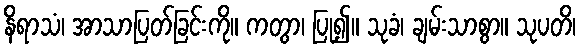
နိရာသံ၊ အာသာပြတ်ခြင်းကို။ ကတွာ၊ ပြု၍။ သုခံ၊ ချမ်းသာစွာ။ သုပတိ၊